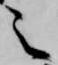
之